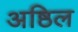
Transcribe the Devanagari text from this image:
अष्ठिल